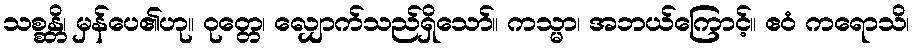
သစ္စန္တိ၊ မှန်ပေ၏ဟု။ ဝုတ္တေ၊ လျှောက်သည်ရှိသော်။ ကသ္မာ၊ အဘယ်ကြောင့်။ ဧဝံ ကရောသိ၊